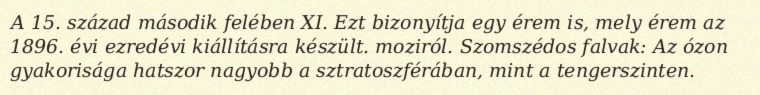
A 15. század második felében XI. Ezt bizonyítja egy érem is, mely érem az 1896. évi ezredévi kiállításra készült. moziról. Szomszédos falvak: Az ózon gyakorisága hatszor nagyobb a sztratoszférában, mint a tengerszinten.